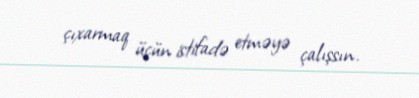
çıxarmaq üçün istifadə etməyə çalışsın.